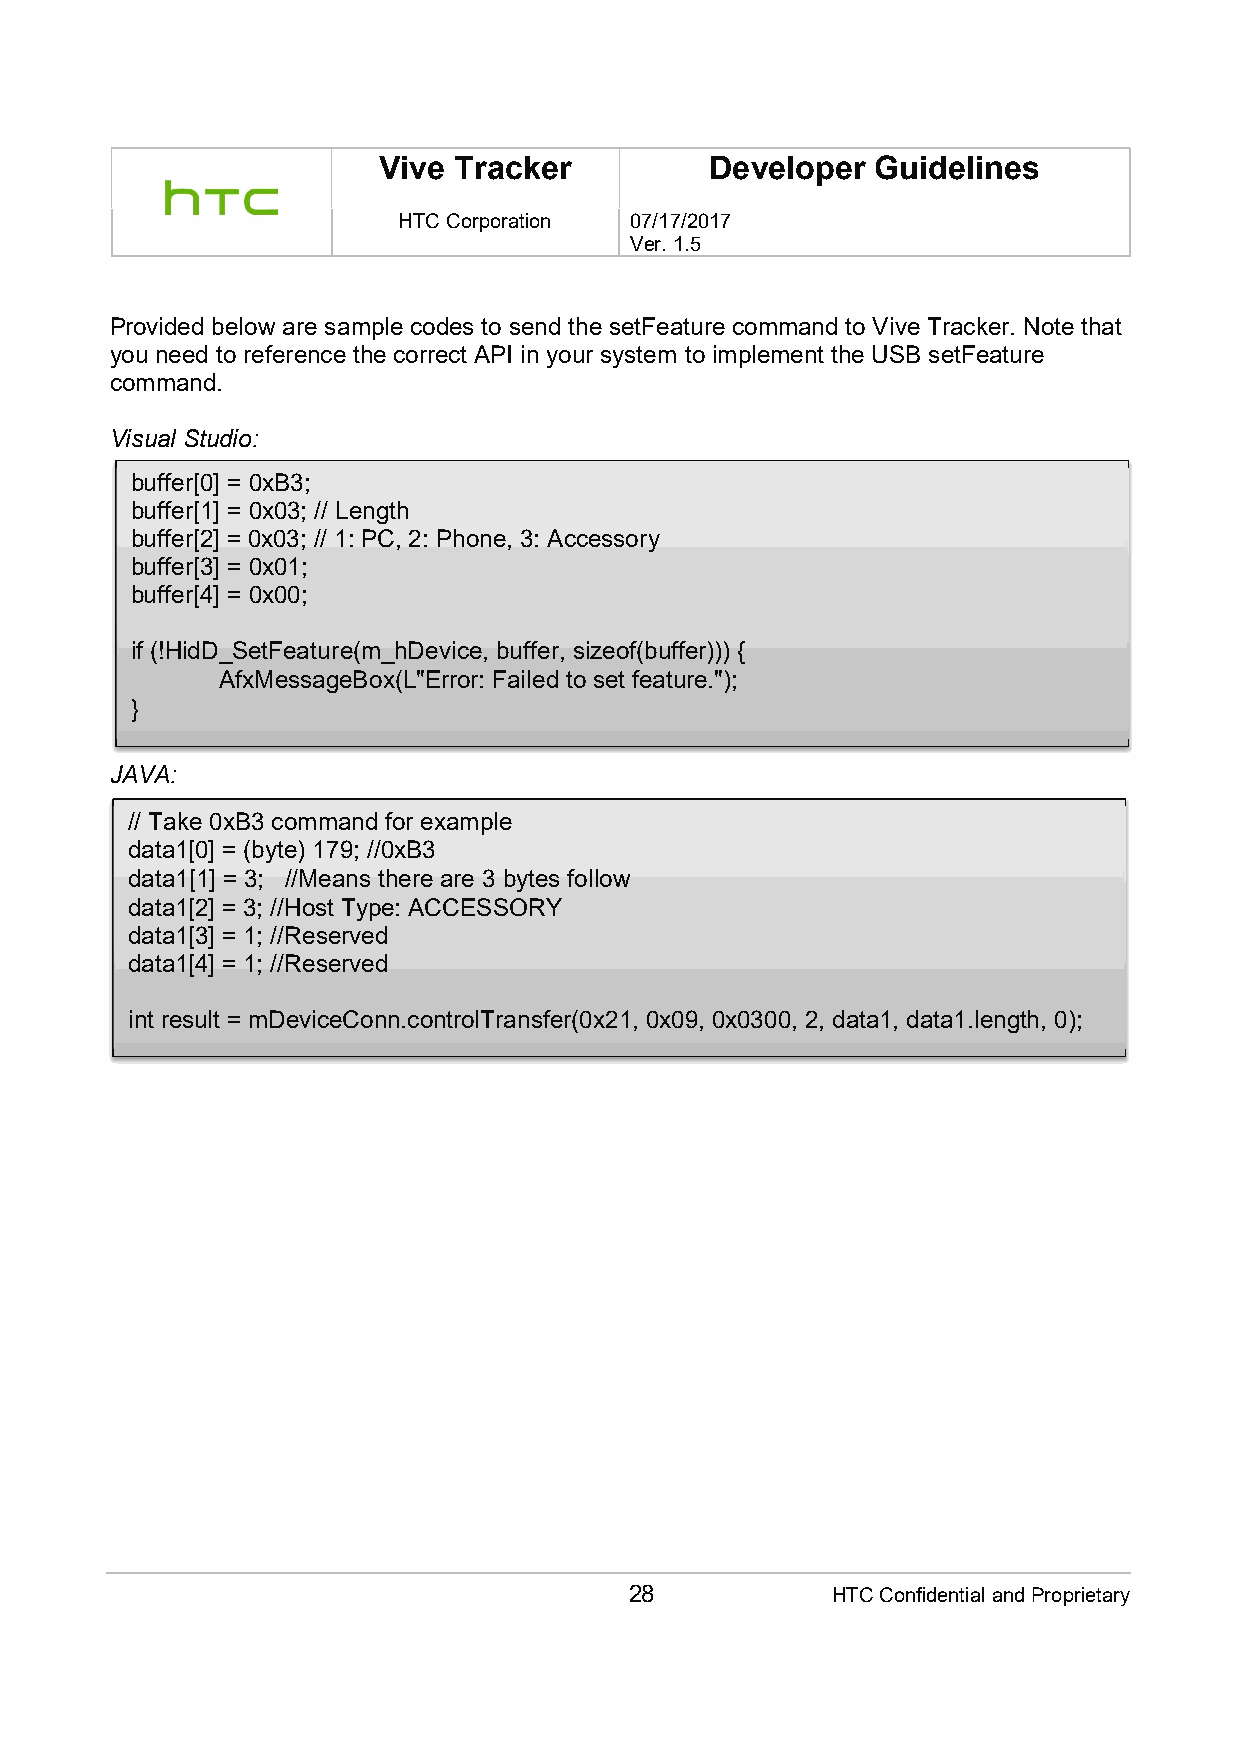
Vive Tracker          Developer  Guidelines
 HTC Corporation 07/17/2017
 Ver. 1.5
 Provided below are sample codes to send the setFeature command to Vive Tracker. Note that
 you need to reference the correct API in your system to implement the USB setFeature
 command.
 Visual Studio:
 buffer[0] = 0xB3;
 buffer[1] = 0x03; // Length
 buffer[2] = 0x03; // 1: PC, 2: Phone, 3: Accessory
 buffer[3] = 0x01;
 buffer[4] = 0x00;
 if (!HidD_SetFeature(m_hDevice, buffer, sizeof(buffer))) {
 AfxMessageBox(L"Error: Failed to set feature.");
 }
 JAVA:
 // Take 0xB3 command for example
 data1[0] = (byte) 179; //0xB3
 data1[1] = 3; //Means there are 3 bytes follow
 data1[2] = 3; //Host Type: ACCESSORY
 data1[3] = 1; //Reserved
 data1[4] = 1; //Reserved
 int result = mDeviceConn.controlTransfer(0x21, 0x09, 0x0300, 2, data1, data1.length, 0);
 28           HTC Confidential and Proprietary